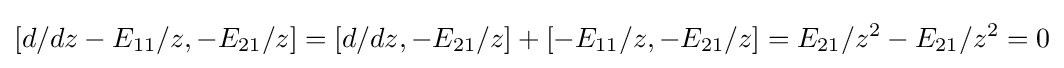
[d/dz-E_{11}/z,-E_{21}/z]=[d/dz,-E_{21}/z]+[-E_{11}/z,-E_{21}/z]=E_{21}/z^{2}-E_{21}/z^{2}=0